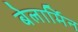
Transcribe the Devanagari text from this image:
बेलार्मिन